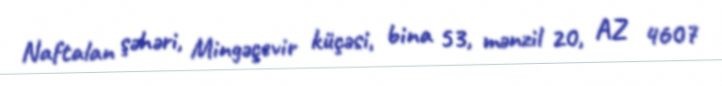
Naftalan şəhəri, Mingəçevir küçəsi, bina 53, mənzil 20, AZ 4607